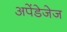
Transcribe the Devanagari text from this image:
अपेंडेजेज